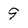
Character: 9